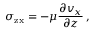
\sigma _ { \mathrm { z x } } = - \mu { \frac { \partial v _ { x } } { \partial z } } \, ,